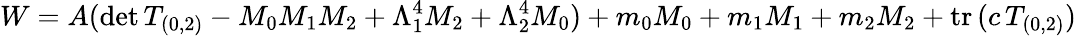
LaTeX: W=A(\mathrm{det}\, T_{(0,2)}-M_{0}M_{1}M_{2}+\Lambda_{1}^{4}M_{2}+\Lambda_{2}^{4}M_{0})+m_{0}M_{0}+m_{1}M_{1}+m_{2}M_{2}+\mathrm{tr}\, (c\, T_{(0,2)})